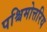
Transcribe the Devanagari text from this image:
पश्चिमोत्तरिय